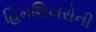
હિમશિખરોની